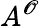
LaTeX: A^{\mathscr{O}}